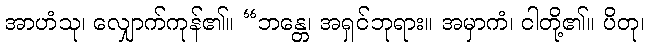
အာဟံသု၊ လျှောက်ကုန်၏။ “ဘန္တေ၊ အရှင်ဘုရား။ အမှာကံ၊ ငါတို့၏။ ပိတု၊